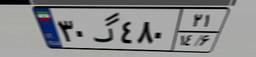
۳۰گ۴۸۰۲۱